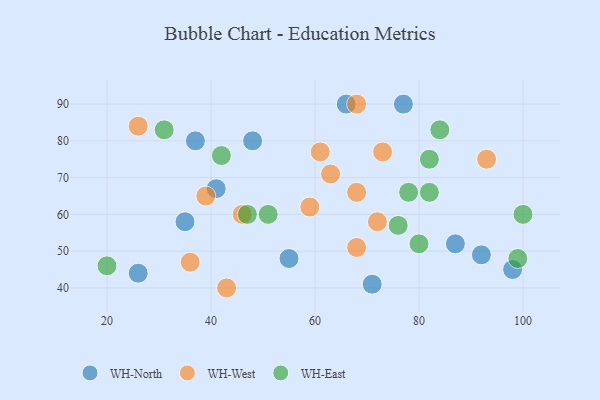
{"axis": {"x": "GDP", "y": "Life Expectancy"}, "legend": ["WH-East", "WH-North", "WH-West"], "data": [{"x": "71", "y": 41, "type": "WH-North"}, {"x": "98", "y": 45, "type": "WH-North"}, {"x": "87", "y": 52, "type": "WH-North"}, {"x": "66", "y": 90, "type": "WH-North"}, {"x": "48", "y": 80, "type": "WH-North"}, {"x": "37", "y": 80, "type": "WH-North"}, {"x": "26", "y": 44, "type": "WH-North"}, {"x": "92", "y": 49, "type": "WH-North"}, {"x": "35", "y": 58, "type": "WH-North"}, {"x": "77", "y": 90, "type": "WH-North"}, {"x": "55", "y": 48, "type": "WH-North"}, {"x": "41", "y": 67, "type": "WH-North"}, {"x": "73", "y": 77, "type": "WH-West"}, {"x": "68", "y": 51, "type": "WH-West"}, {"x": "46", "y": 60, "type": "WH-West"}, {"x": "68", "y": 90, "type": "WH-West"}, {"x": "43", "y": 40, "type": "WH-West"}, {"x": "36", "y": 47, "type": "WH-West"}, {"x": "72", "y": 58, "type": "WH-West"}, {"x": "93", "y": 75, "type": "WH-West"}, {"x": "39", "y": 65, "type": "WH-West"}, {"x": "26", "y": 84, "type": "WH-West"}, {"x": "63", "y": 71, "type": "WH-West"}, {"x": "61", "y": 77, "type": "WH-West"}, {"x": "68", "y": 66, "type": "WH-West"}, {"x": "59", "y": 62, "type": "WH-West"}, {"x": "78", "y": 66, "type": "WH-East"}, {"x": "31", "y": 83, "type": "WH-East"}, {"x": "80", "y": 52, "type": "WH-East"}, {"x": "99", "y": 48, "type": "WH-East"}, {"x": "42", "y": 76, "type": "WH-East"}, {"x": "82", "y": 66, "type": "WH-East"}, {"x": "82", "y": 75, "type": "WH-East"}, {"x": "76", "y": 57, "type": "WH-East"}, {"x": "47", "y": 60, "type": "WH-East"}, {"x": "51", "y": 60, "type": "WH-East"}, {"x": "84", "y": 83, "type": "WH-East"}, {"x": "20", "y": 46, "type": "WH-East"}, {"x": "100", "y": 60, "type": "WH-East"}]}